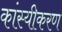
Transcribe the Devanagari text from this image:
कांस्यीकरण